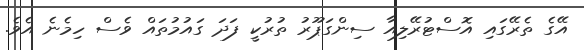
އޭގެ ތެރޭގައި އޮސްޓުރޭލިއާ ސިންގަޕޫރު ތުރުކީ ފަދަ ގައުމުތައް ވެސް ހިމެނެ އެވެ.